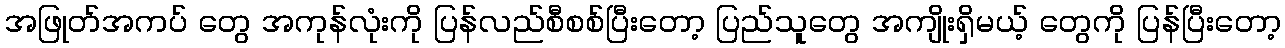
အဖြုတ်အကပ် တွေ အကုန်လုံးကို ပြန်လည်စီစစ်ပြီးတော့ ပြည်သူတွေ အကျိုးရှိမယ့် တွေကို ပြန်ပြီးတော့